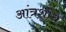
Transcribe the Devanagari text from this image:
आंत्रशोध